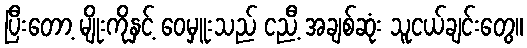
ပြီးတော့ မျိုးကိုနှင့် ဝေမှူးသည် ငညီ့ အချစ်ဆုံး သူငယ်ချင်းတွေ။